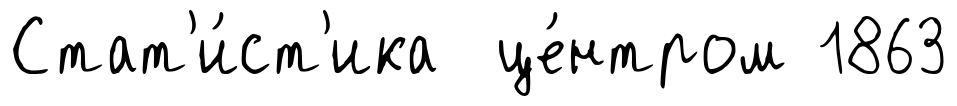
Стат'и́ст'ика це́нтром 1863